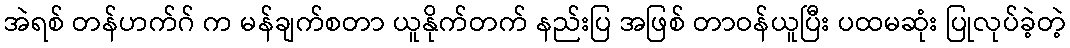
အဲရစ် တန်ဟက်ဂ် က မန်ချက်စတာ ယူနိုက်တက် နည်းပြ အဖြစ် တာဝန်ယူပြီး ပထမဆုံး ပြုလုပ်ခဲ့တဲ့